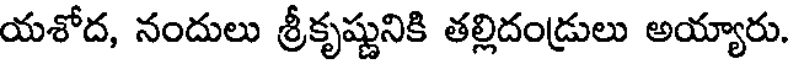
యశోద, నందులు శ్రీకృష్ణునికి తల్లిదండ్రులు అయ్యారు.